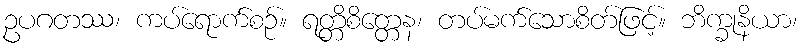
ဥပဂတဿ၊ ကပ်ရောက်စဉ်။ ရတ္တိစိတ္တေန၊ တပ်မက်သောစိတ်ဖြင့်။ ဘိက္ခုနိယာ၊